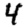
Digit: 4